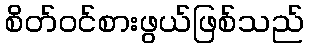
စိတ်ဝင်စားဖွယ်ဖြစ်သည်